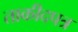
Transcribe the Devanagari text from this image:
ताकीदपत्र